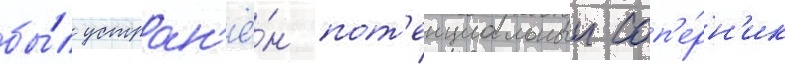
бы́л устран'ё́н пот'енциальныи соп'е́рн'ик